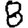
Digit: 8